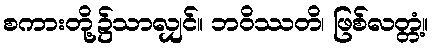
စကားတို့၌သာလျှင်။ ဘဝိဿတိ၊ ဖြစ်လတ္တံ့။